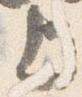
上